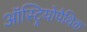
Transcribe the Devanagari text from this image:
ऑस्ट्रियोपैथिक